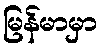
မြန်မာမှာ